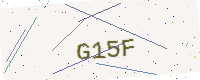
Text: G15F